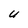
Character: U